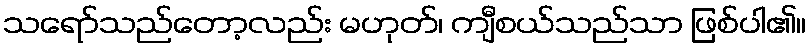
သရော်သည်တော့လည်း မဟုတ်၊ ကျီစယ်သည်သာ ဖြစ်ပါ၏။